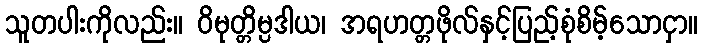
သူတပါးကိုလည်း။ ဝိမုတ္တိမ္ပဒါယ၊ အရဟတ္တဖိုလ်နှင့်ပြည့်စုံစိမ့်သောငှာ။